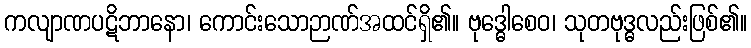
ကလျာဏပဋိဘာနော၊ ကောင်းသောဉာဏ်အထင်ရှိ၏။ ဗုဒ္ဓေါစေဝ၊ သုတဗုဒ္ဓလည်းဖြစ်၏။